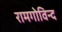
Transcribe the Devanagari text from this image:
रामगोविन्द